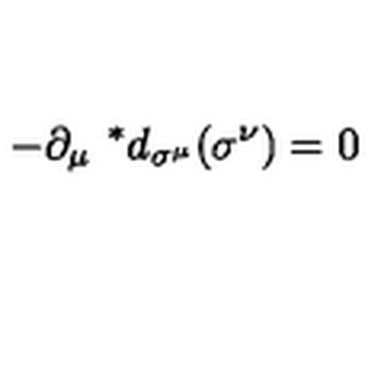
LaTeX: - \partial _ { \mu } \ ^ { * } d _ { \sigma ^ { \mu } } ( \sigma ^ { \nu } ) = 0